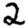
Digit: 2